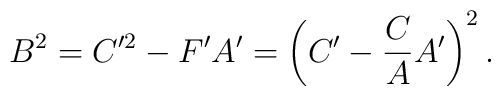
B^2 =C'^2-F'A'=\left(C'-\frac{C}{A}A' \right)^2.